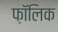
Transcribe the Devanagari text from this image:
फ़ॉलिक